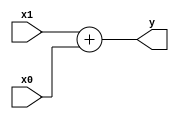
`default_nettype none

module add(
  input wire [3:0] x1,
  input wire [3:0] x0,
  output wire [4:0] y
);

  assign y = x1 + x0;

endmodule